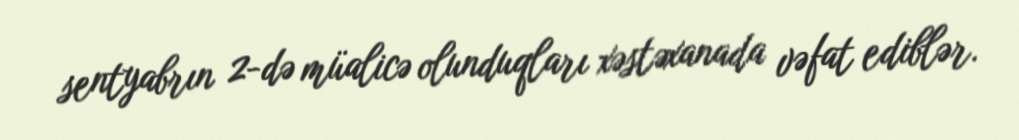
sentyabrın 2-də müalicə olunduqları xəstəxanada vəfat ediblər.